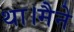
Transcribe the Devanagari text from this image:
था।मैने